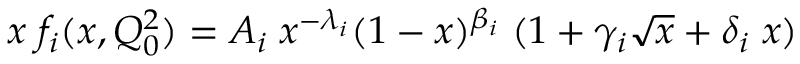
x \; f _ { i } ( x , Q _ { 0 } ^ { 2 } ) = A _ { i } \; x ^ { - \lambda _ { i } } ( 1 - x ) ^ { \beta _ { i } } \; ( 1 + \gamma _ { i } \sqrt { x } + \delta _ { i } \; x )